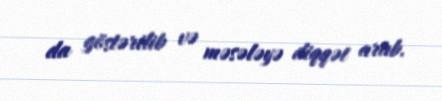
da göstərilib və məsələyə diqqət artıb.